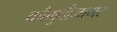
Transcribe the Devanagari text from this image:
कौमुदीजागर